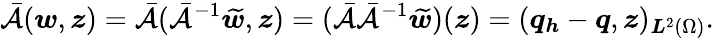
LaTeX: \bar{\mathcal{A}}(\boldsymbol{w},\boldsymbol{z})=\bar{\mathcal{A}}(\bar{\mathcal{A}}^{-1}\widetilde{\boldsymbol{w}},\boldsymbol{z})=(\bar{\mathcal{A}}\bar{\mathcal{A}}^{-1}\widetilde{\boldsymbol{w}})(\boldsymbol{z})=(\boldsymbol{q}_{\boldsymbol{h}}-\boldsymbol{q},\boldsymbol{z})_{\boldsymbol{{L}}^{2}(\Omega)}.